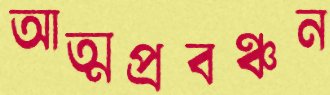
আত্মপ্রবঞ্চন